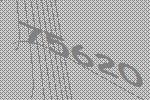
75620